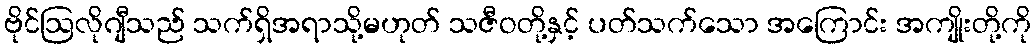
ဗိုင်ဩလိုဂျီသည် သက်ရှိအရာသို့မဟုတ် သဇီဝတို့နှင့် ပတ်သက်သော အကြောင်း အကျိုးတို့ကို